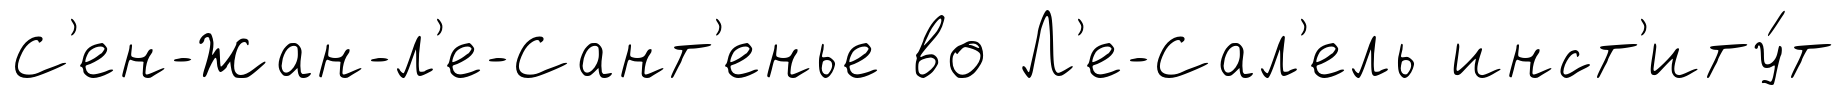
С'ен-Жан-л'е-Сант'енье во Л'е-Сал'ель инст'иту́т